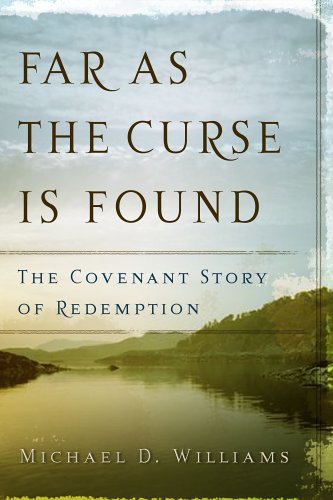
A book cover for Far as the Curse Is Found: The Covenant Story of Redemption; Michael D. Williams; Christian Books & Bibles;